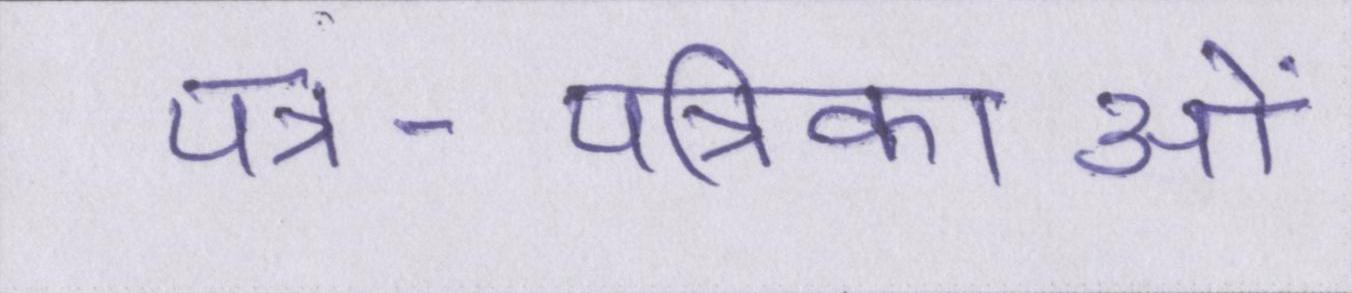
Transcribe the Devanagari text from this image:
पत्र-पत्रिकाओं